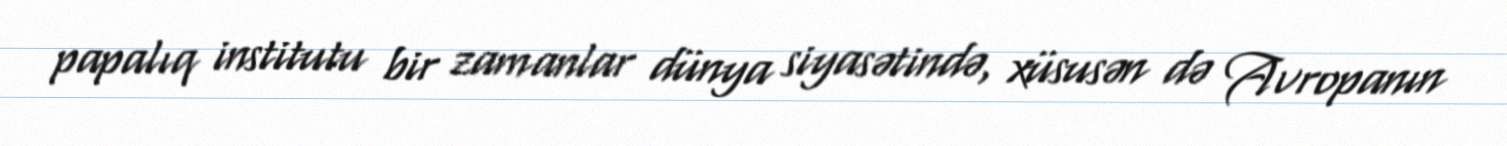
papalıq institutu bir zamanlar dünya siyasətində, xüsusən də Avropanın